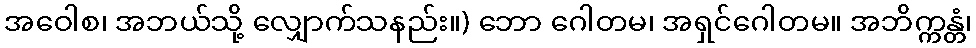
အဝေါစ၊ အဘယ်သို့ လျှောက်သနည်း။) ဘော ဂေါတမ၊ အရှင်ဂေါတမ။ အဘိက္ကန္တံ၊